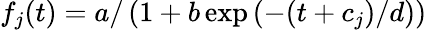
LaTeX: f_{j}(t)=a/\left(1+b\exp\left(-(t+c_{j})/d\right)\right)